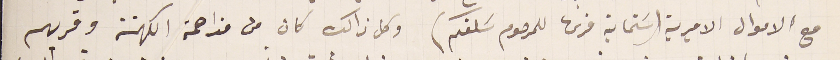
مع الاموال الاميرية (سَتماية قرش للمرحوم سَلفكم) وكل ذالك كان من مزاحمة الكهنة وقربهم